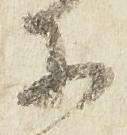
等